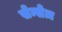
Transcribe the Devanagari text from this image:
सेन्सेज़